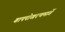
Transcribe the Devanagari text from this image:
बापपोखरणमार्गे